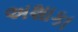
અશાકા